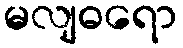
မလျဓရော